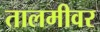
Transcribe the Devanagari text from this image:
तालमीवर